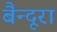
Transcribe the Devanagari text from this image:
बैन्दूरा